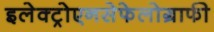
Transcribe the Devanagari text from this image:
इलेक्ट्रोएनसेफेलोग्राफी